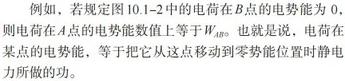
例如，若规定图 10.1 - 2 中的电荷在 \(B\) 点的电势能为 0，则电荷在 \(A\) 点的电势能数值上等于 \(W_{AB}\)。也就是说，电荷在某点的电势能，等于把它从这点移动到零势能位置时静电力所做的功。